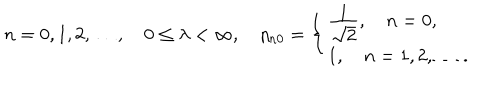
LaTeX: n = 0 , 1 , 2 , \ldots , \quad 0 \leq \lambda < \infty , \quad \eta _ { n 0 } = \left\{ \left\{ \begin{cases} { { \frac { { \displaystyle 1 } } { { \displaystyle \sqrt 2 } } , \quad n = 0 , } } \\ { { 1 , \quad n = 1 , 2 , \ldots \, . } } \\ \end{cases} \right. \right.